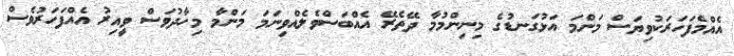
އެއްމެފަހަރަކުވިޔަސް މަންމަ އަޅުގަނޑުގެ މިނިންމުމާ ދޭތެރޭ އެއްބަސްވެލެއްވިނަމަ މަންމާ މިހާދުވަސް ވީއިރު އެއްފަހަރުވެސް